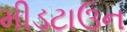
મીડટાઉન